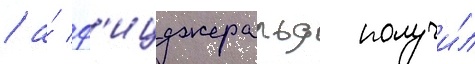
/ а́ ф'ицджеральд получи́л